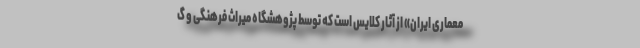
معماری ایران» از آثار کلایس است که توسط پژوهشگاه میراث فرهنگی و گ